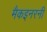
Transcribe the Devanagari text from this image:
मैकइनरनी